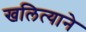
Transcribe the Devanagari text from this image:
खलित्याने